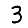
Digit: 3